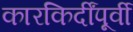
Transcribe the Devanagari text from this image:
कारकिर्दींपूर्वी